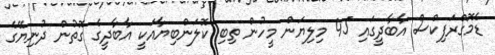
ޑެމޮގްރަފިކްސް އާބާދީގައި 45 މިލިޔަން މީހުން ތިބި ކޮލަންބިޔާއަކީ އާބާދީގެ ގޮތުން ދުނިޔޭގެ